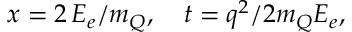
x = 2 \, E _ { e } / m _ { Q } , \quad t = q ^ { 2 } / 2 m _ { Q } E _ { e } ,